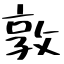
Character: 敦